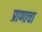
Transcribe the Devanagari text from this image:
प्राणाचा